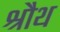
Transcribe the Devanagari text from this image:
श्रौथ